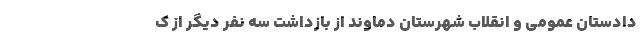
دادستان عمومی و انقلاب شهرستان دماوند از بازداشت سه نفر دیگر از ک